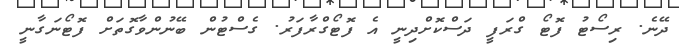
ދޭނެ. ރިސޯޓު ފޮޓޯ ގްރަފީ ދަސްކޮށްދިނީ އެ ފޮޓޯގްރާފަރު. ގެސްޓުން ބޭނުންވާގޮތަށް ފޮޓޯނަގާނީ